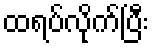
ထရပ်လိုက်ပြီး